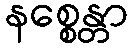
နစ္စေန္တာ